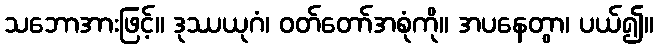
သဘောအားဖြင့်။ ဒုဿယုဂံ၊ ဝတ်တော်အစုံကို။ အပနေတွာ၊ ပယ်၍။